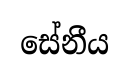
සේනීය